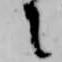
に